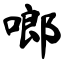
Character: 啷